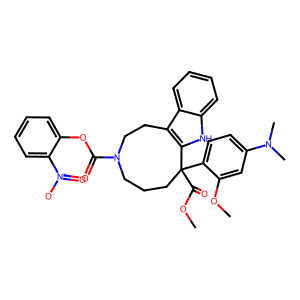
SMILES: COC(=O)C1(c2ccc(N(C)C)cc2OC)CCCN(C(=O)Oc2ccccc2[N+](=O)[O-])CCc2c1[nH]c1ccccc21
Inhibits HIV replication: No